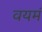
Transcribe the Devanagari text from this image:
वयमं